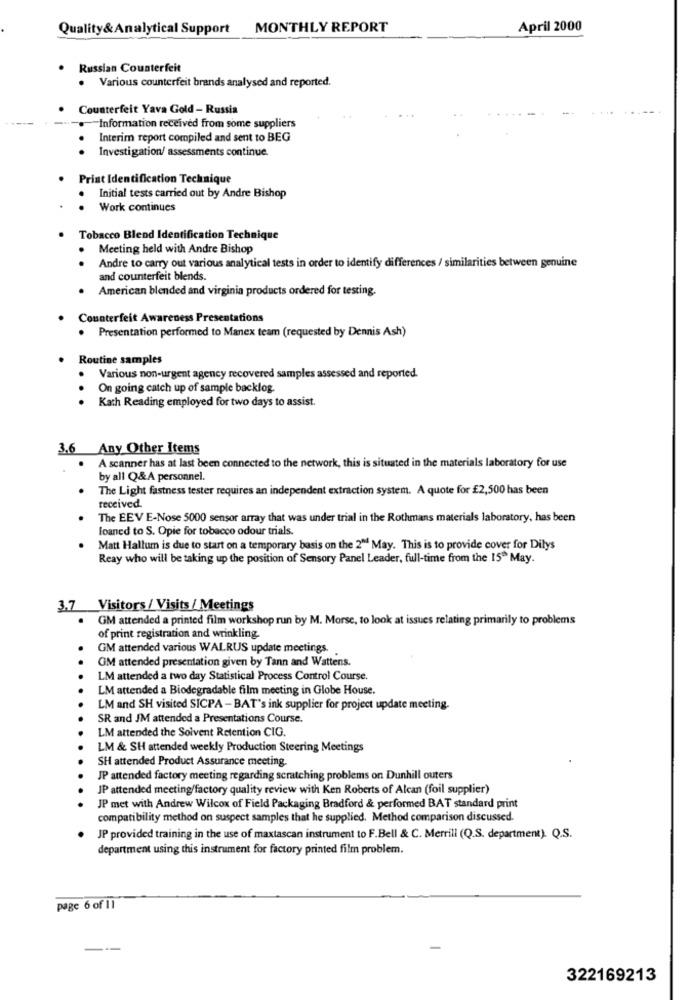
Quality&Analytical Support
MONTHLY REPORT
April 2000
. Russian Counterfeit
. Various counterfeit brands analysed and reported.
Counterfeit Yava Gold - Russia
.- Information received from some suppliers
Interim report compiled and sent to BEG
Investigation/ assessments continue
Print Identification Technique
Initial tests carried out by Andre Bishop
Work continues
Tobacco Blend Identification Technique
Meeting held with Andre Bishop
..
Andre to carry out various analytical tests in order to identify differences / similarities between genuine
and counterfeit blends.
American blended and virginia products ordered for testing.
Counterfeit Awareness Presentations
. Presentation performed to Manex team (requested by Dennis Ash)
Routine samples
Various non-urgent agency recovered samples assessed and reported.
On going catch up of sample backlog.
..
Kath Reading employed for two days to assist.
3.6 Any Other Items
A scanner has at last been connected to the network, this is situated in the materials laboratory for use
by all Q&A personnel.
The Light fastness tester requires an independent extraction system. A quote for £2,500 has been
received.
The EEV E-Nose 5000 sensor array that was under trial in the Rothmans materials laboratory, has been
loaned to S. Opie for tobacco odour trials.
Matt Hallum is due to start on a temporary basis on the 2" May. This is to provide cover for Dilys
Reay who will be taking up the position of Sensory Panel Leader, full-time from the 15" May.
3.7 Visitors / Visits / Meetings
GM attended a printed film workshop run by M. Morse, to look at issues relating primarily to problems
of print registration and wrinkling
GM attended various WALRUS update meetings.
.
GM attended presentation given by Tann and Wattens.
.
LM attended a two day Statistical Process Control Course.
LM attended a Biodegradable film meeting in Globe House.
LM and SH visited SICPA -BAT's ink supplier for project update meeting.
SR and JM attended a Presentations Course.
LM attended the Solvent Retention CIG.
LM & SH attended weekly Production Steering Meetings
SH attended Product Assurance meeting.
JP attended factory meeting regarding scratching problems on Dunhill outers
JP attended meeting/factory quality review with Ken Roberts of Alcan (foil supplier)
JP met with Andrew Wilcox of Field Packaging Bradford & performed BAT standard print
compatibility method on suspect samples that he supplied. Method comparison discussed.
JP provided training in the use of maxtascan instrument to F.Bell & C. Merrill (Q.S. department). Q.S.
department using this instrument for factory printed film problem.
page 6 of 11
322169213